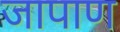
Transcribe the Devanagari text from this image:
जापाण